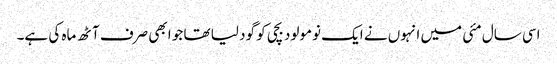
اسی سال مئی میں انہوں نے ایک نومولود بچی کو گود لیا تھا جو ابھی صرف آٹھ ماہ کی ہے۔